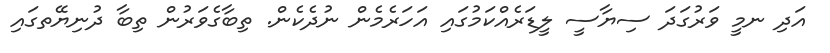
އަދި ނމީ ވަރުގަދަ ސިޔާސީ ލީޑަރެއްކަމުގައި އަހަރެމެން ނުދެކެން. ތިބާގެވަރުން ތިބާ ދުނިޔޭތގައި